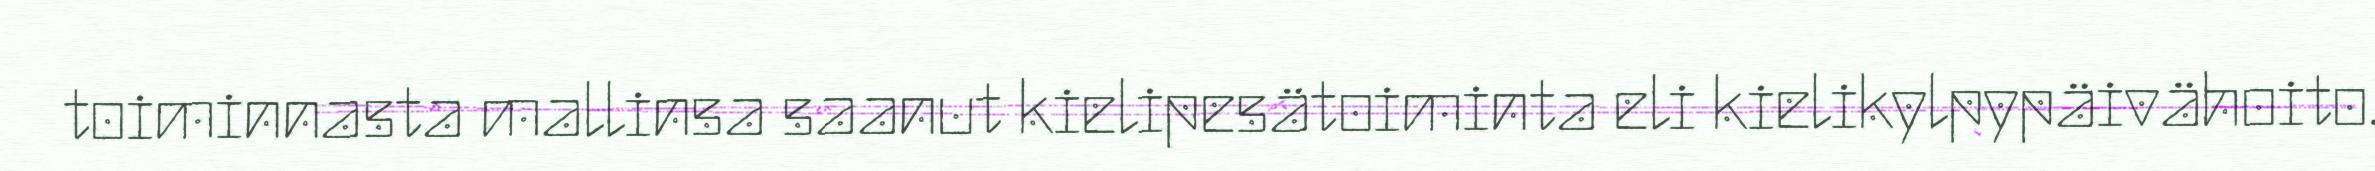
toiminnasta mallinsa saanut kielipesätoiminta eli kielikylpypäivähoito.